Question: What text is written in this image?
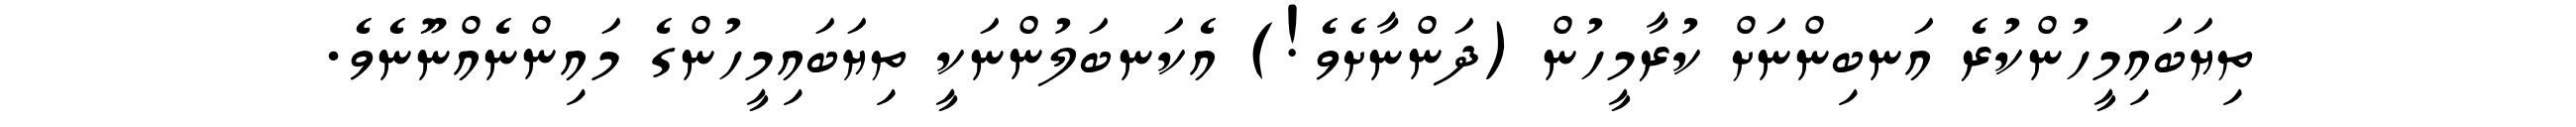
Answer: ތިޔަބައިމީހުންކުރެ އަނބިންނަށް ކުރާމީހުން (ދަންނާށެވެ!) އެކަނބަލުންނަކީ ތިޔަބައިމީހުންގެ މައިންނެއްނޫނެވެ.